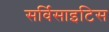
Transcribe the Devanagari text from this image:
सर्विसाइटिस